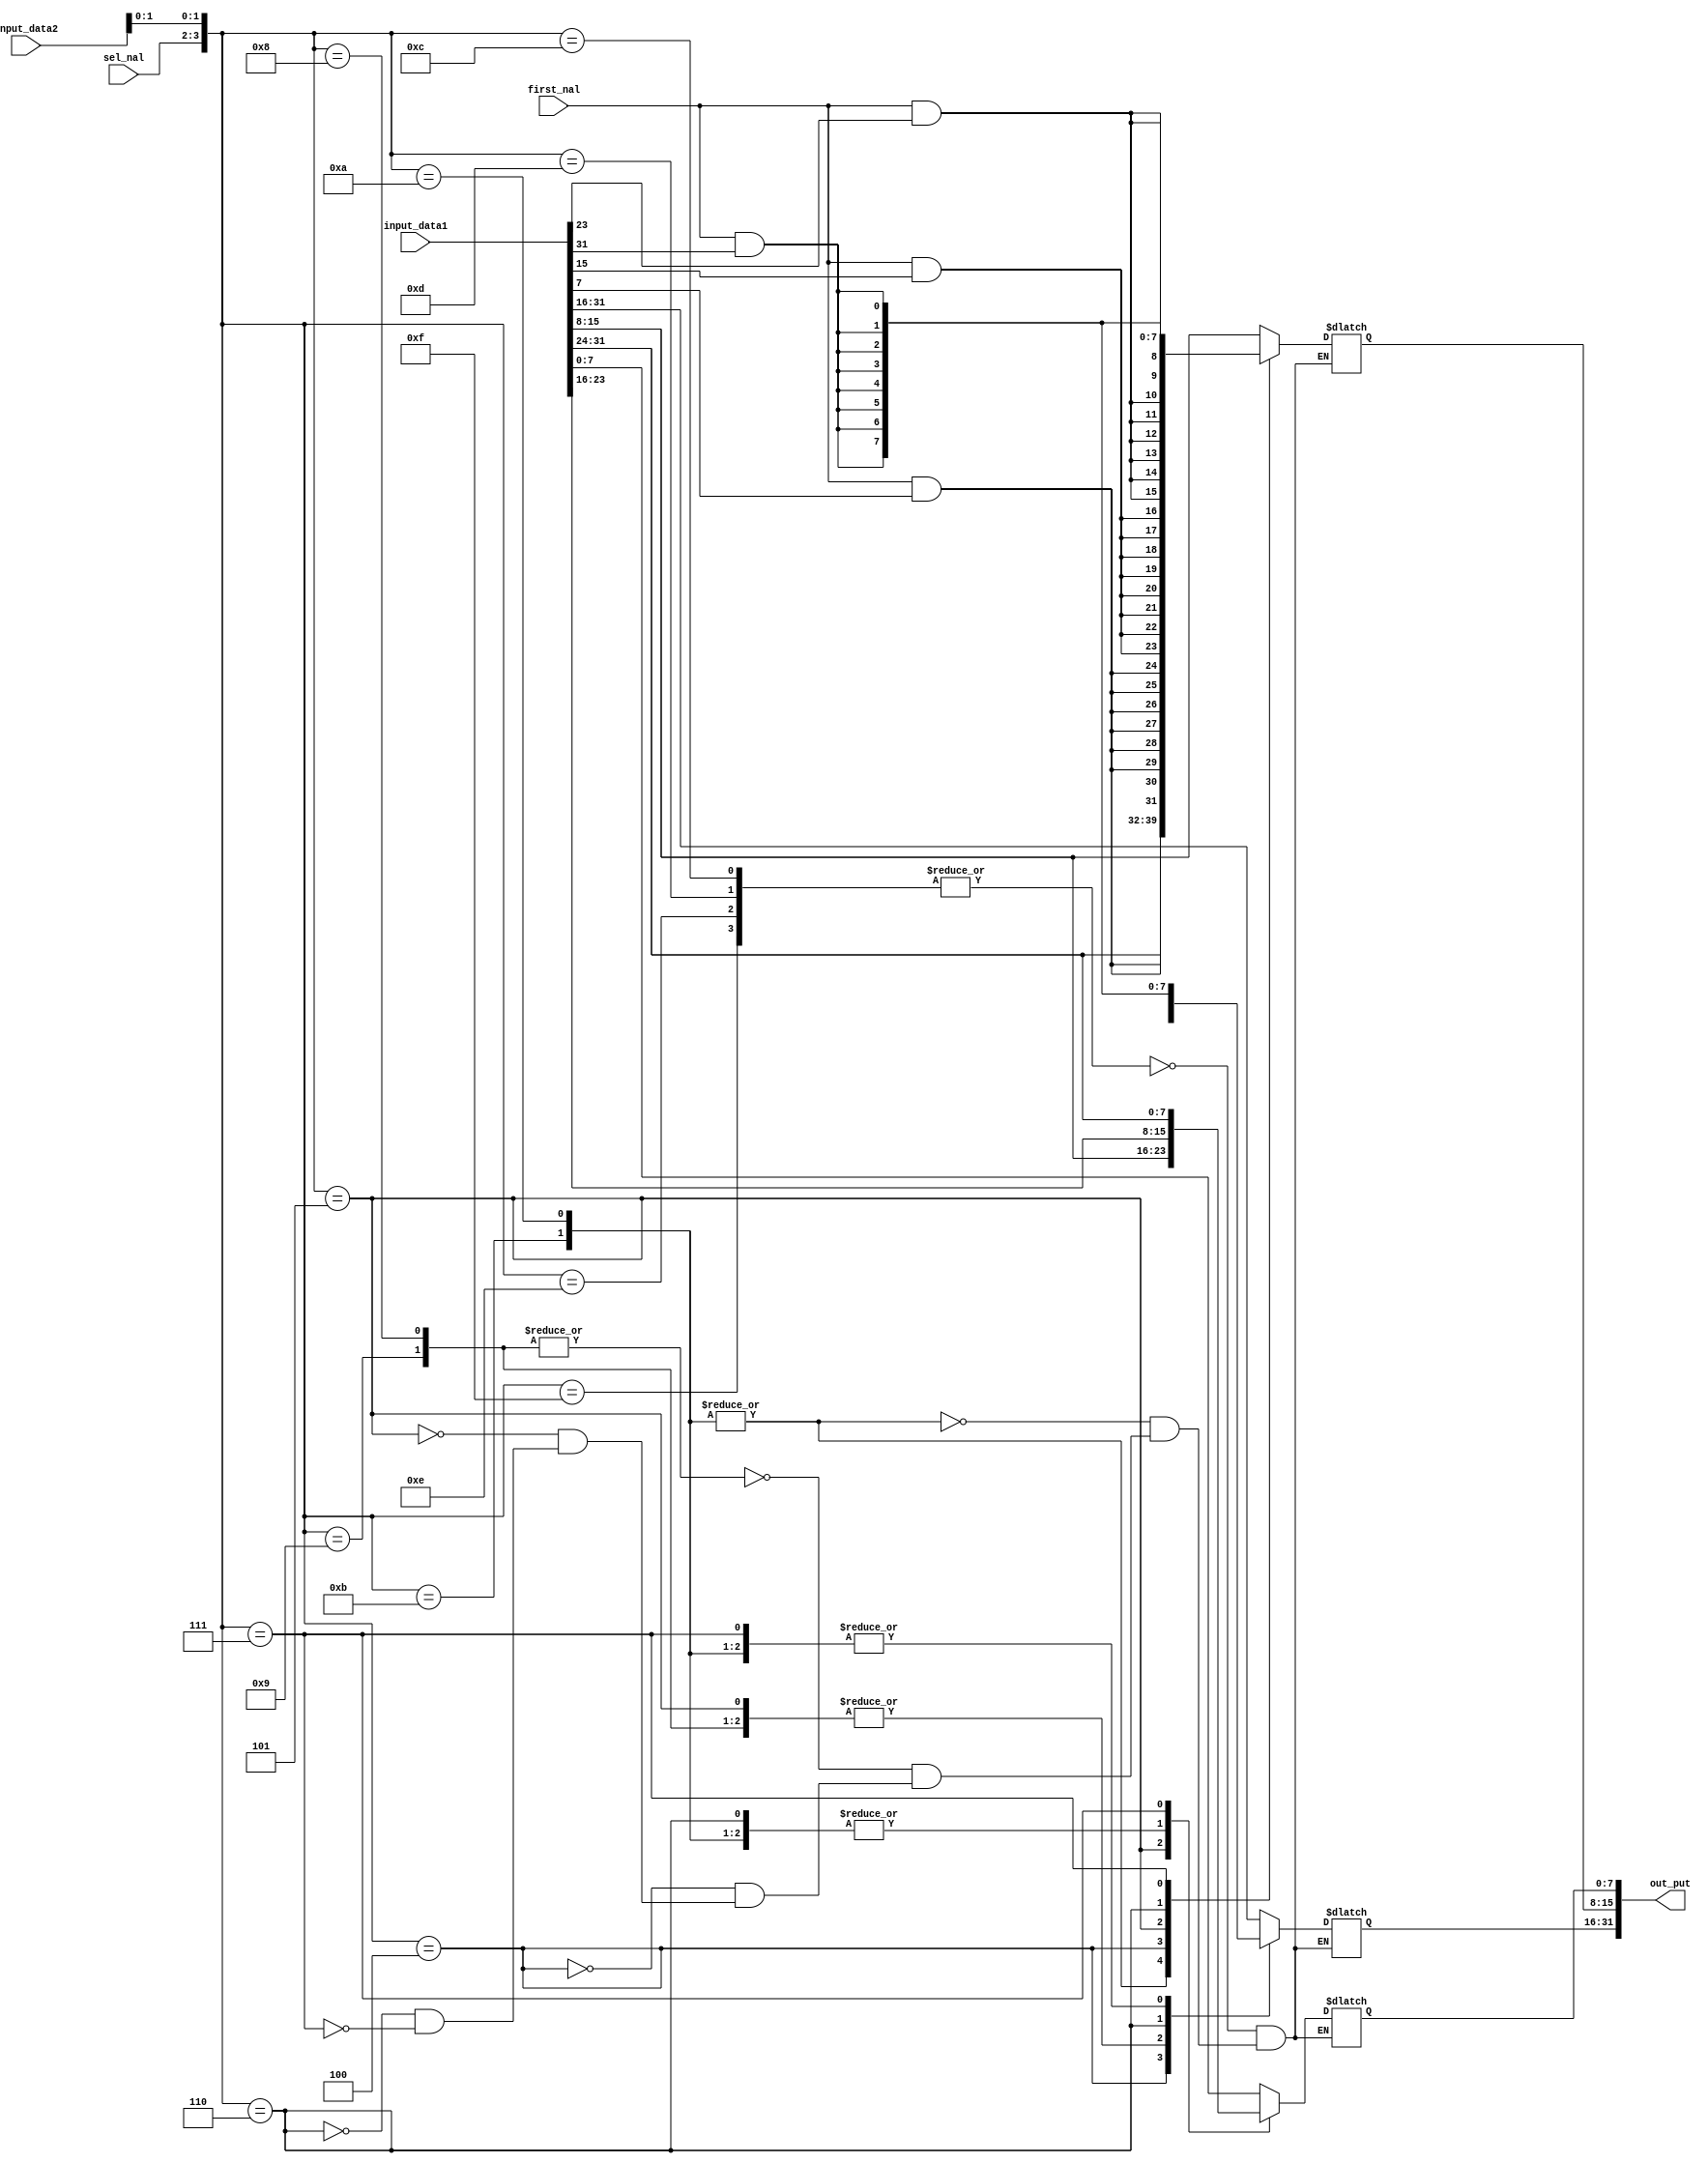
`timescale 1ns / 1ps//z
module mux_for7(input first_nal,input [1:0]sel_nal,input [31:0]input_data1,input [31:0]input_data2,output reg [31:0]out_put);
always@(*)begin
case({sel_nal,input_data2[1:0]})
4'b1100,4'b1101,4'b1110,4'b1111:out_put = input_data1;
4'b1010,4'b1011:begin out_put[15:0] = input_data1[31:16];out_put[31:16] ={ first_nal&out_put[15],first_nal&out_put[15],first_nal&out_put[15],first_nal&out_put[15],first_nal&out_put[15],first_nal&out_put[15],first_nal&out_put[15],first_nal&out_put[15],first_nal&out_put[15],first_nal&out_put[15],first_nal&out_put[15],first_nal&out_put[15],first_nal&out_put[15],first_nal&out_put[15],first_nal&out_put[15],first_nal&out_put[15]};end
4'b1000,4'b1001:begin out_put[15:0] = input_data1[15:0] ;out_put[31:16] ={ first_nal&out_put[15],first_nal&out_put[15],first_nal&out_put[15],first_nal&out_put[15],first_nal&out_put[15],first_nal&out_put[15],first_nal&out_put[15],first_nal&out_put[15],first_nal&out_put[15],first_nal&out_put[15],first_nal&out_put[15],first_nal&out_put[15],first_nal&out_put[15],first_nal&out_put[15],first_nal&out_put[15],first_nal&out_put[15]};end
4'b0100:begin out_put[7:0]=input_data1[7:0];out_put[31:8] ={first_nal&out_put[7],first_nal&out_put[7],first_nal&out_put[7],first_nal&out_put[7],first_nal&out_put[7],first_nal&out_put[7],first_nal&out_put[7],first_nal&out_put[7],first_nal&out_put[7],first_nal&out_put[7],first_nal&out_put[7],first_nal&out_put[7],first_nal&out_put[7],first_nal&out_put[7],first_nal&out_put[7],first_nal&out_put[7],first_nal&out_put[7],first_nal&out_put[7],first_nal&out_put[7],first_nal&out_put[7],first_nal&out_put[7],first_nal&out_put[7],first_nal&out_put[7],first_nal&out_put[7]};  end
4'b0101:begin out_put[7:0]=input_data1[15:8];out_put[31:8] ={first_nal&out_put[7],first_nal&out_put[7],first_nal&out_put[7],first_nal&out_put[7],first_nal&out_put[7],first_nal&out_put[7],first_nal&out_put[7],first_nal&out_put[7],first_nal&out_put[7],first_nal&out_put[7],first_nal&out_put[7],first_nal&out_put[7],first_nal&out_put[7],first_nal&out_put[7],first_nal&out_put[7],first_nal&out_put[7],first_nal&out_put[7],first_nal&out_put[7],first_nal&out_put[7],first_nal&out_put[7],first_nal&out_put[7],first_nal&out_put[7],first_nal&out_put[7],first_nal&out_put[7]};  end
4'b0110:begin out_put[7:0]=input_data1[23:16];out_put[31:8] ={first_nal&out_put[7],first_nal&out_put[7],first_nal&out_put[7],first_nal&out_put[7],first_nal&out_put[7],first_nal&out_put[7],first_nal&out_put[7],first_nal&out_put[7],first_nal&out_put[7],first_nal&out_put[7],first_nal&out_put[7],first_nal&out_put[7],first_nal&out_put[7],first_nal&out_put[7],first_nal&out_put[7],first_nal&out_put[7],first_nal&out_put[7],first_nal&out_put[7],first_nal&out_put[7],first_nal&out_put[7],first_nal&out_put[7],first_nal&out_put[7],first_nal&out_put[7],first_nal&out_put[7]};  end
4'b0111:begin out_put[7:0]=input_data1[31:24];out_put[31:8] ={first_nal&out_put[7],first_nal&out_put[7],first_nal&out_put[7],first_nal&out_put[7],first_nal&out_put[7],first_nal&out_put[7],first_nal&out_put[7],first_nal&out_put[7],first_nal&out_put[7],first_nal&out_put[7],first_nal&out_put[7],first_nal&out_put[7],first_nal&out_put[7],first_nal&out_put[7],first_nal&out_put[7],first_nal&out_put[7],first_nal&out_put[7],first_nal&out_put[7],first_nal&out_put[7],first_nal&out_put[7],first_nal&out_put[7],first_nal&out_put[7],first_nal&out_put[7],first_nal&out_put[7]};  end
endcase end endmodule